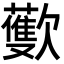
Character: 𪴳